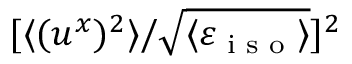
[ \langle { ( u ^ { x } ) ^ { 2 } } \rangle / \sqrt { \langle { \varepsilon _ { \textrm { i s o } } } \rangle } ] ^ { 2 }